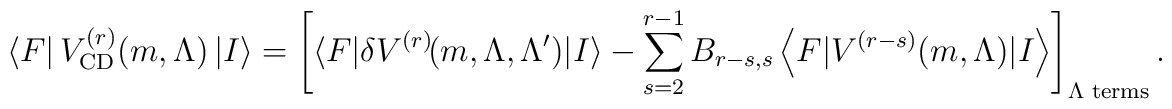
\left<F \right| V^{(r)}_{\mathrm{CD}}(m,\Lambda) \left| I \right> = \left[ \langle F\vert\delta V^{(r)}\hspace{-.07cm}(m,\Lambda,\Lambda^{\prime})\vert I\rangle - \sum_{s=2}^{r-1}  B_{r-s,s}\left<F \vert V^{(r-s)}(m,\Lambda) \vert I \right>\right]_{\Lambda \hspace{.1cm}\mathrm{terms}} .